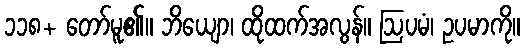
၁၁၈+ တော်မူ၏။ ဘိယျော၊ ထိုထက်အလွန်။ ဩပမံ၊ ဥပမာကို။